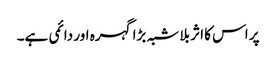
پر اس کا اثر بلا شبہ بڑا گہرہ اور دائمی ہے۔